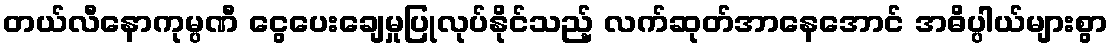
တယ်လီနောကုမ္ပဏီ ငွေပေးချေမှုပြုလုပ်နိုင်သည့် လက်ဆုတ်အာနေအောင် အဓိပ္ပါယ်များစွာ